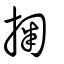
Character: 掬